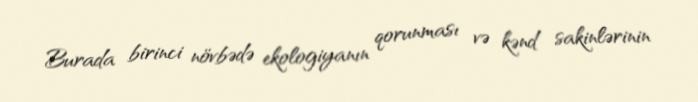
Burada birinci növbədə ekologiyanın qorunması və kənd sakinlərinin